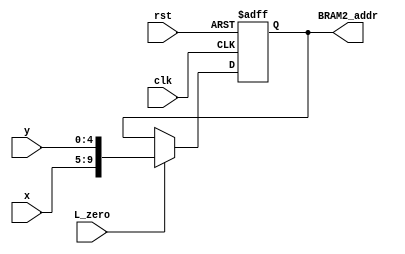
module BRAM2_out_Layer_3(BRAM2_addr,clk,rst,L_zero,x,y);
output reg [9:0] BRAM2_addr;
input clk,rst,L_zero;
input [4:0] x,y;
always @ (posedge clk or negedge rst)
	begin
		if (! rst ) 
			BRAM2_addr<=0;
		else if(L_zero)
			BRAM2_addr<={x,y};
	end

endmodule